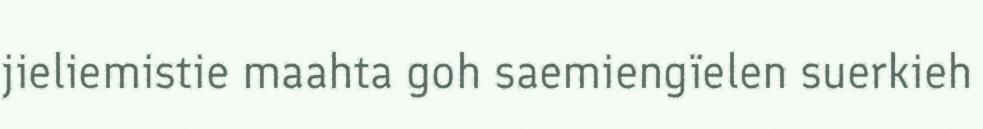
jieliemistie maahta goh saemiengïelen suerkieh